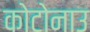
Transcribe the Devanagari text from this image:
कोटोनाउ